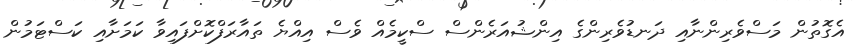
އެގޮތުން މަސްވެރިންނާއި ދަނޑުވެރިންގެ އިންޝުއަރެންސް ސްކީމެއް ވެސް އިއްޔެ ތައާރަފްކޮށްފައިވާ ކަމަށާއި ކަސްޓަމުން